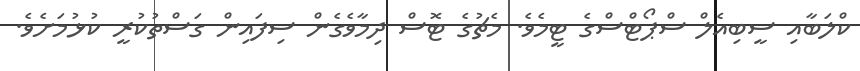
ކްލަބާއި ސީބިއެލް ސްޕޯޓްސްގެ ޓީމެވެ. މެޗުގެ ޓޮސް ދިމާވެގެން ސިފައިން ގަސްތުކުރީ ކުޅުމަށެވެ.